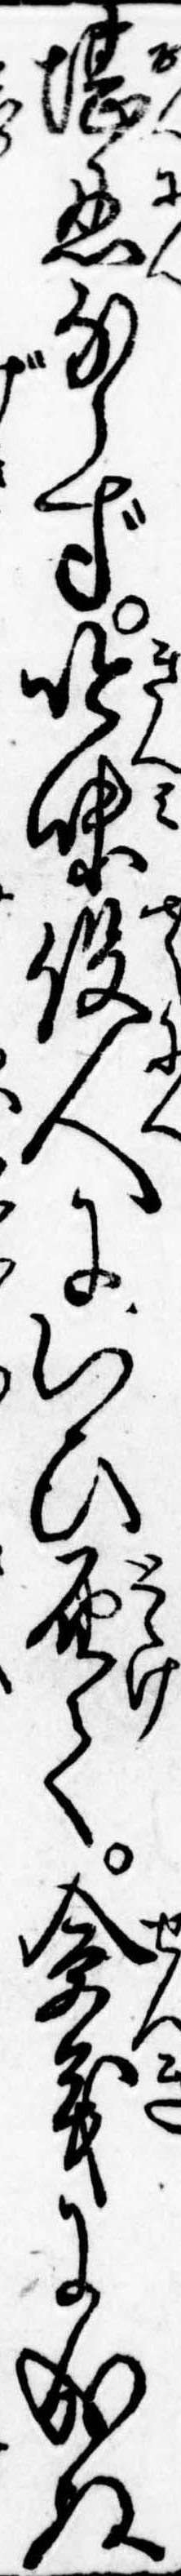
堪忍ならず吟味役人にいひ届て僉義に成ぬ